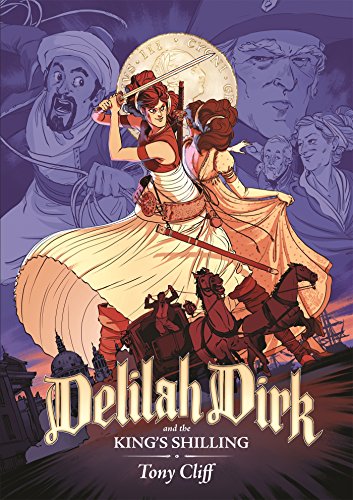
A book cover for Delilah Dirk and the King's Shilling; Tony Cliff; Teen & Young Adult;